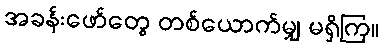
အခန်းဖော်တွေ တစ်ယောက်မျှ မရှိကြ။